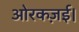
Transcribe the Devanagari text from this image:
ओरकज़ई।